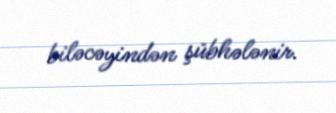
biləcəyindən şübhələnir.